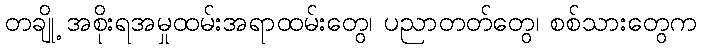
တချို့ အစိုးရအမှုထမ်းအရာထမ်းတွေ၊ ပညာတတ်တွေ၊ စစ်သားတွေက